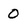
Character: 0